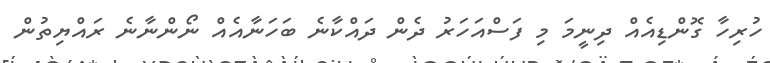
ހުރިހާ ގޮންޑިއެއް ދިނީމަ މި ފަސްއަހަރު ދެން ދައްކާނެ ބަހަނާއެއް ނޯންނާނެ ރައްޔިތުން